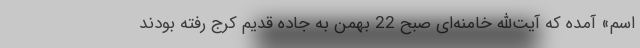
اسم» آمده که آیت‌الله خامنه‌ای صبح 22 بهمن به جاده قدیم کرج رفته بودند